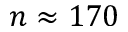
n \approx 1 7 0